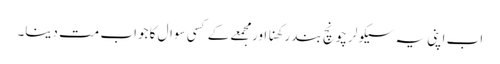
اب اپنی یہ سیکولر چونچ بند رکھنا اور مجمعے کے کسی سوال کا جواب مت دینا۔